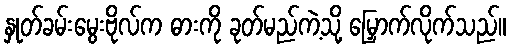
နှုတ်ခမ်းမွေးဗိုလ်က ဓားကို ခုတ်မည်ကဲ့သို့ မြှောက်လိုက်သည်။